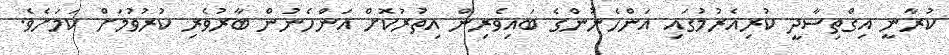
ކުރާނީ އިގްތިސާދީ ކުރިއެރުމުގައި އަންހެނުންގެ ބައިވެރިން އިތުރުކޮށް އަންހެނުން ބާރުވެރި ކުރުވުމަށް ކަމަށެވެ.